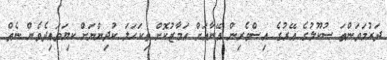
ދަރުމަވަންތަ ސުކޫލުގެ އޭރުގެ އިސްވެރިން އޭނާއަށް އަމާޒުކޮށް ތިކަހަލަ ކުދިންނަށް ކިޔަވައިދެވެން ނެތް